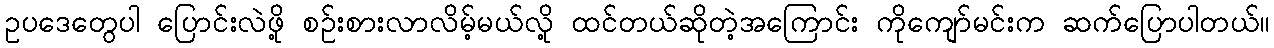
ဥပဒေတွေပါ ပြောင်းလဲဖို့ စဉ်းစားလာလိမ့်မယ်လို့ ထင်တယ်ဆိုတဲ့အကြောင်း ကိုကျော်မင်းက ဆက်ပြောပါတယ်။